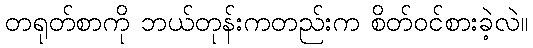
တရုတ်စာကို ဘယ်တုန်းကတည်းက စိတ်ဝင်စားခဲ့လဲ။